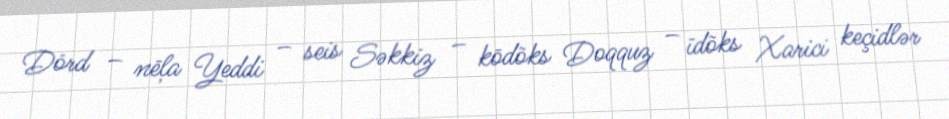
Dörd – nēļa Yeddi – seis Səkkiz – kōdõks Doqquz – īdõks Xarici keçidlər